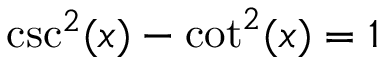
\csc ^ { 2 } ( x ) - \cot ^ { 2 } ( x ) = 1